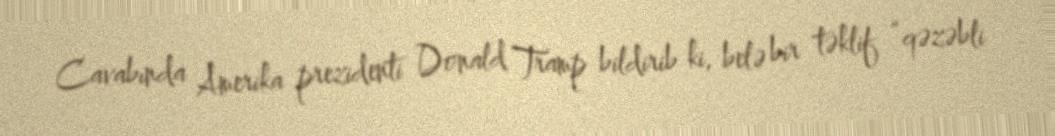
Cavabında Amerika prezidenti Donald Tramp bildirib ki, belə bir təklif “qəzəbli